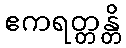
ဧကရတ္တန္တိ